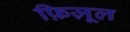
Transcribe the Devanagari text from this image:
फ़िज़ूल